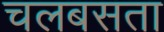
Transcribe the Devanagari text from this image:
चलबसता